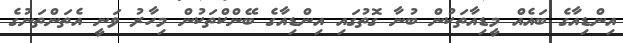
އިންޑިއާގެ ބައެއް މީޑިއާތަކުން ބުނާ ގޮތުގައި އިންޑިއާގެ ބޭންކްތަކުން މިހާރު ވަނީ އެތަންތަނުގެ